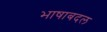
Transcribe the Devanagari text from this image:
भाषाबदल